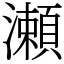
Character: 瀬